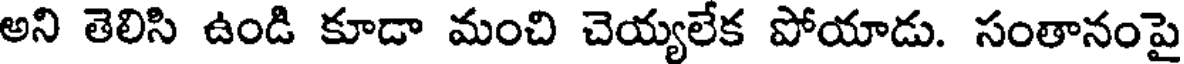
అని తెలిసి ఉండి కూడా మంచి చెయ్యలేక పోయాడు. సంతానంపై